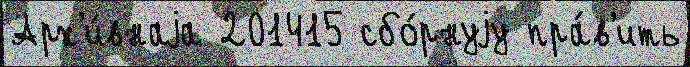
Арх'и́внаjа 201415 сбо́рнуjу пра́в'ить